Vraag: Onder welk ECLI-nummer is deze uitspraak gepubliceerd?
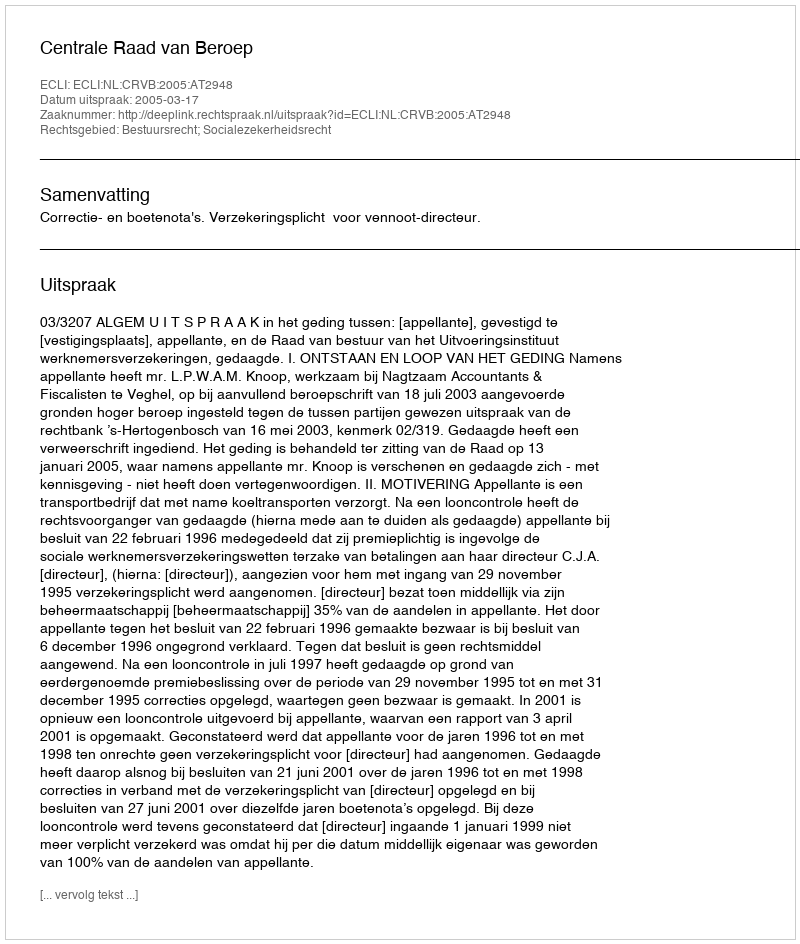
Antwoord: ECLI:NL:CRVB:2005:AT2948